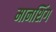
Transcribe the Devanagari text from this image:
मानशिंग